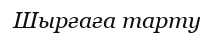
Шырғаға тарту